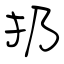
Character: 扔